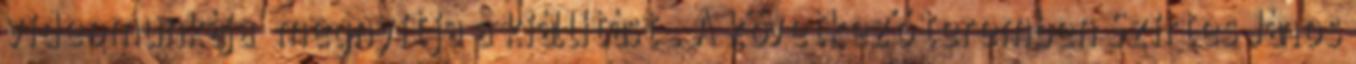
videomunkája „megnyitja a kiállítást”. A következő teremben Szirtes János